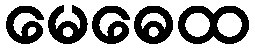
မေဓေထ